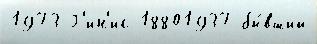
1973 Г'ин'ис 18801937 бы́вший